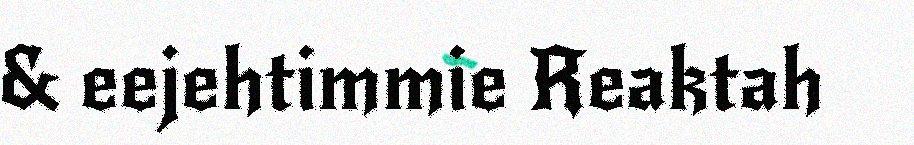
& eejehtimmie Reaktah